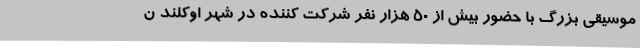
موسیقی بزرگ با حضور بیش از 50 هزار نفر شرکت کننده در شهر اوکلند ن